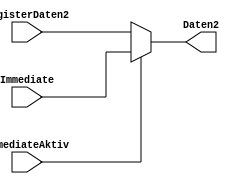
module MultiplexerAluDaten (
    input [31:0] RegisterDaten2,
    input [31:0] Immediate,
    input ImmediateAktiv,
    output [31:0] Daten2
);

 assign Daten2 = (ImmediateAktiv==1'b1)? Immediate:
                    RegisterDaten2;

endmodule